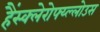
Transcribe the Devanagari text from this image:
हैंस्क्लेरोफ्य्ल्लोउस